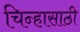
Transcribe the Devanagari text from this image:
चिन्हासाठी